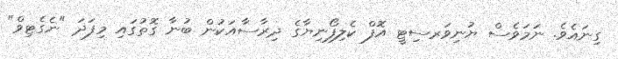
ގިނައެވެ. ނަމަވެސް ޔުނިވަރސިޓީ އޮފް ކެލިފޯނިޔާގެ ދިރާސާއަކުން ބުނާ ގޮތުގައި މިފަދަ "ނެގެޓިވް"